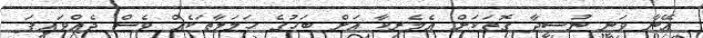
އޭނާ ވަނީ ނުސީދާ ގޮތަކަށް އެމެރިކާ އަށް ބަހުގެ ހަމަލާތަކެއް ވެސް ދެއްވައިފަ